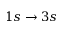
1 s \rightarrow 3 s